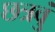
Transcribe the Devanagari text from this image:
छत्रवुं